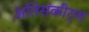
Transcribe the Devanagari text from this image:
अतिसंकीर्ण